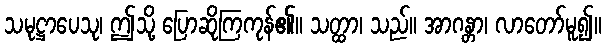
သမုဋ္ဌာပေသု၊ ဤသို့ ပြောဆိုကြကုန်၏။ သတ္ထာ၊ သည်။ အာဂန္တာ၊ လာတော်မူ၍။